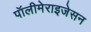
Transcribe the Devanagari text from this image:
पॉलीमेराइजेसन